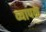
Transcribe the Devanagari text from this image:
व्यापकं